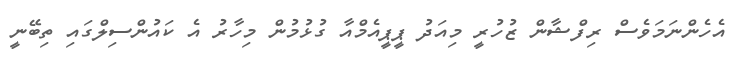
އެހެންނަމަވެސް ރިފްޝާން ޒުހުރީ މިއަދު ޕީޕީއެމްއާ ގުޅުމުން މިހާރު އެ ކައުންސިލްގައި ތިބޭނީ